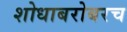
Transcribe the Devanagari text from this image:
शोधाबरोबरच